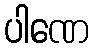
ပါဏေ